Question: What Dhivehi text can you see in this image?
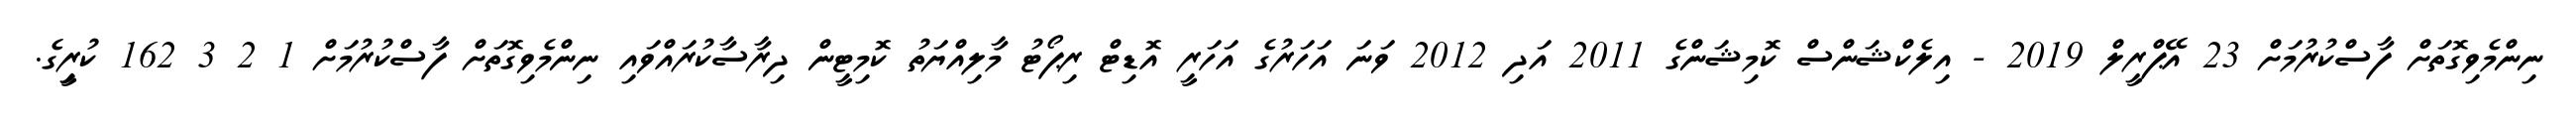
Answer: ނިންމެވިގޮތަށް ފާސްކުރުމަށް 23 އޭޕްރީލް 2019 - އިލެކްޝަންސް ކޮމިޝަންގެ 2011 އަދި 2012 ވަނަ އަހަރުގެ އަހަރީ އޮޑިޓް ރިޕޯޓު މާލިއްޔަތު ކޮމިޓީން ދިރާސާކުރައްވައި ނިންމެވިގޮތަށް ފާސްކުރުމަށް 1 2 3 162 ކުރިީގެ.